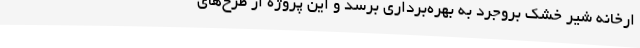
ارخانه شیر خشک بروجرد به بهره‌برداری برسد و این پروژه از طرح‌های